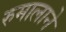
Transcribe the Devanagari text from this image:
रुमालाने